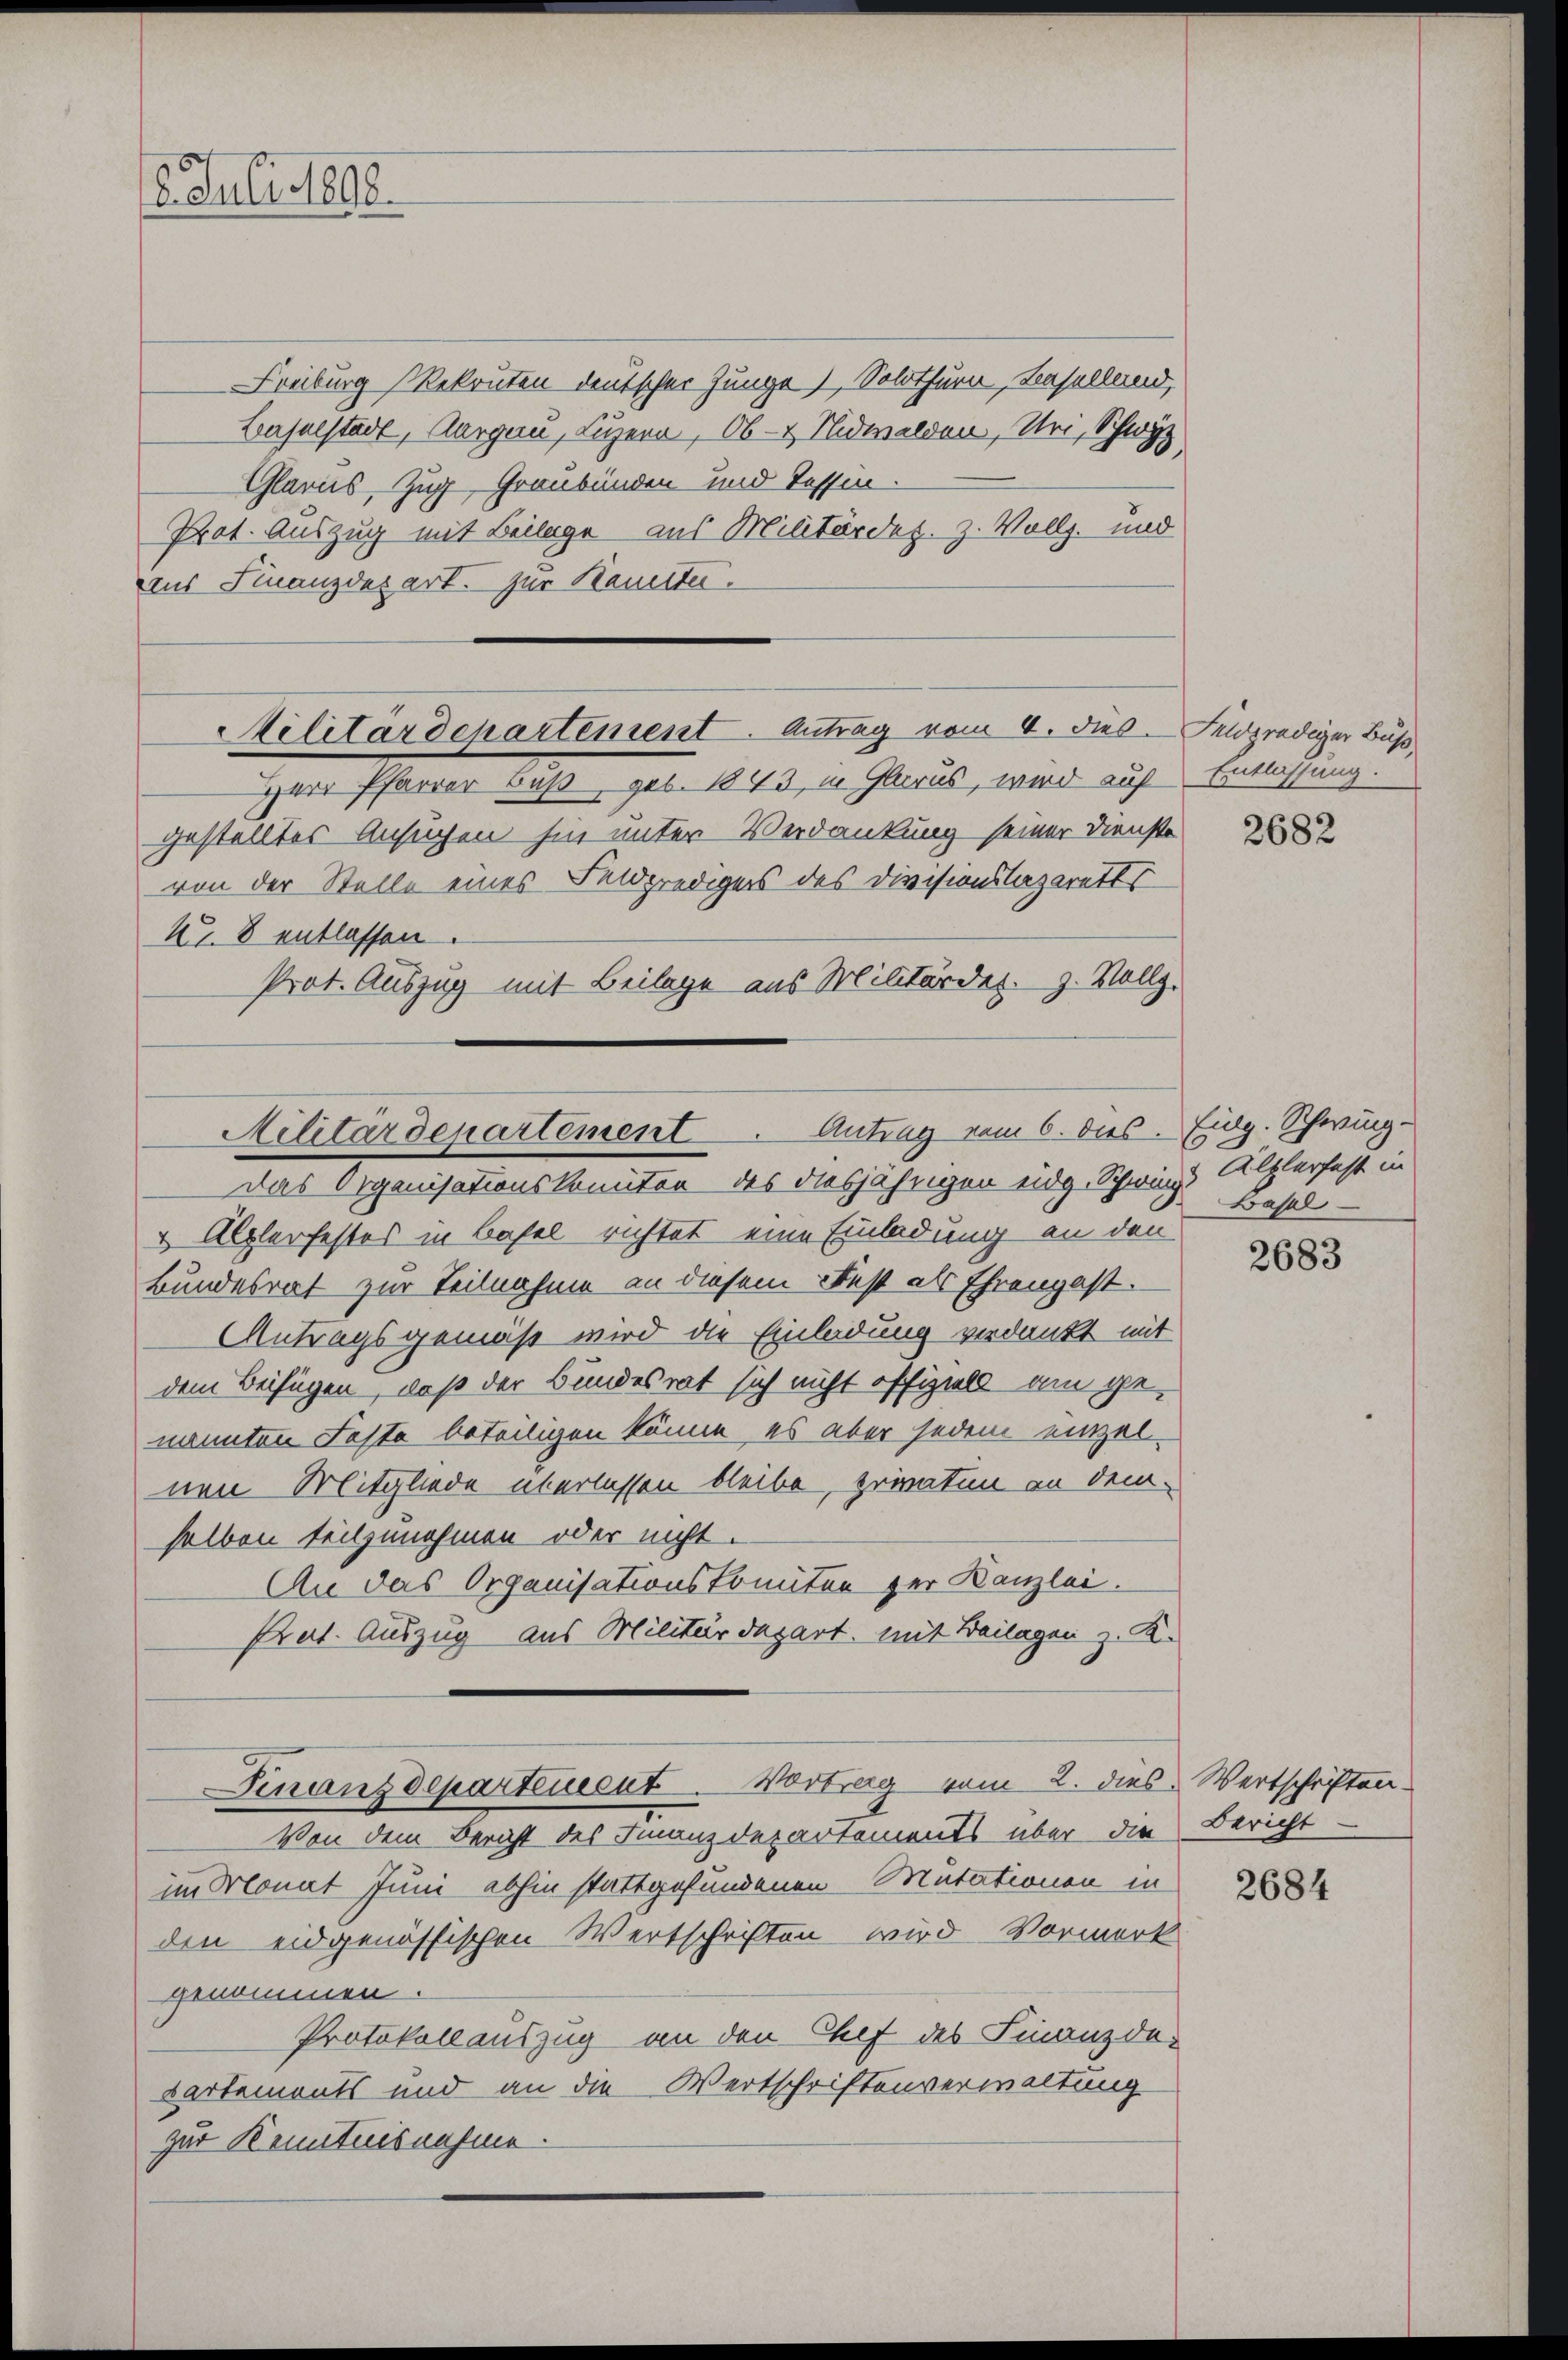
2. Juli 1890.

Freiburg Rekruten deutscher Junge) Solothurn, Baselland,
Baselstadt, Aargau, Luzern, Ob- & Nidwalden, Uri, Schwyz
Glarus, Zug, Graubünden und Tessin.
Prot. Auszug mit Beilage aus Militärdez. z. Vollz. und
aus Finanzdepart. zur Komite.

Militärdepartement. Antrag vom 4. dies Felderediger Buß
Herr Pfarrer Buß, geb. 1843, in Glarus, wird auf Entlassung.

Das Organisationskomiten des diesjährigen eidg. Schwing Alplerfes in
u Alplerfestos in Basel richtet eine Einladung an den
Bundesrat zur Teilnahme an diesem Fest als Ehrengast.
Antragsgemäß wird die Einladung verdankt mit
dem Beifügen, daß der Bundesrat sich nicht offiziell am genannten Faste beteiligen könne, es aber jedem einzeinen Mitgliede überlassen bleibe, privaten an dem
halben teilzunehmen oder nicht.
An das Organisationskomiten zur Kanzlei.
Prat. Auszug aus Militärdepart, mit Beilagen z. K.
Finanzdepartement. Vortrag vom 2. dies Wertschriften
Von dem Bericht des Finanzdepartements über die Bericht
im Monat Juni abhin stattgefundenen Mutationen in
den eidgenössischen Wertschriften wird Vormerk
genommen
Protokollauszug an den Chef des Finanzde-
Cartements und an die Wertschriftenverwaltung
zur Kenntnisnahme.

N. 8 entlassen
Prot. Auszug mit Beilage aus Militärder. Z. Vollz.
Militärdepartement. Antrag vom 6. dies

gestelltes Ansuchen hin unter Verdankung seiner Dienste
von der Stelle eines Feldpredigers des Divisionslazaretts

2682

Eidg. Schwing.
Basel

2683

2684